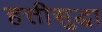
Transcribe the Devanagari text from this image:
हत्तीसुद्धा